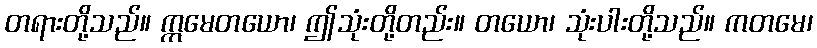
တရားတို့သည်။ ဣမေတယော၊ ဤသုံးတို့တည်း။ တယော၊ သုံးပါးတို့သည်။ ကတမေ၊